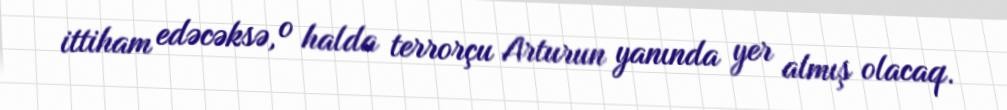
ittiham edəcəksə, o halda terrorçu Arturun yanında yer almış olacaq.